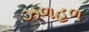
ઝળહળ